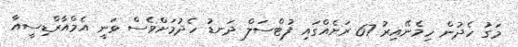
މަގު ހެދުން ހިމެނޭއިރު 67 ރަށެއްގައި ފުޓްސަލް ދަނޑު ހެދުމަށްވެސް ވަނީ އެމްއާރްޑިސީއާ